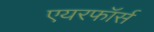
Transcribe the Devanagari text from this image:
एयरफॉर्स